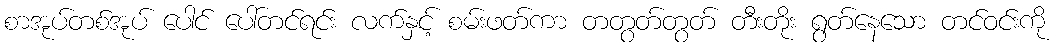
စာအုပ်တစ်အုပ် ပေါင် ပေါ်တင်ရင်း လက်နှင့် စမ်းဖတ်ကာ တတွတ်တွတ် တီးတိုး ရွတ်နေသော တင်ဝင်းကို